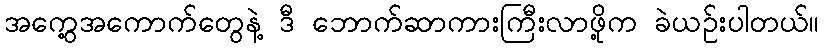
အကွေ့အကောက်တွေနဲ့ ဒီ ဘောက်ဆာကားကြီးလာဖို့က ခဲယဉ်းပါတယ်။